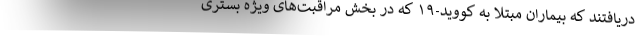
دریافتند که بیماران مبتلا به کووید-۱۹ که در بخش مراقبت‌های ویژه بستری